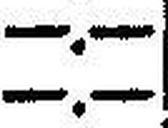
—.—